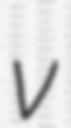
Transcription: v